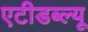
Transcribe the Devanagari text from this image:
एटीडब्ल्यू